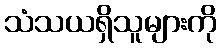
သံသယရှိသူများကို